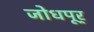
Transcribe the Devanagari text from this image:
जोधपूर्